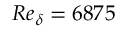
R e _ { \delta } = 6 8 7 5